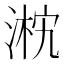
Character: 𣸴